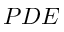
P D E